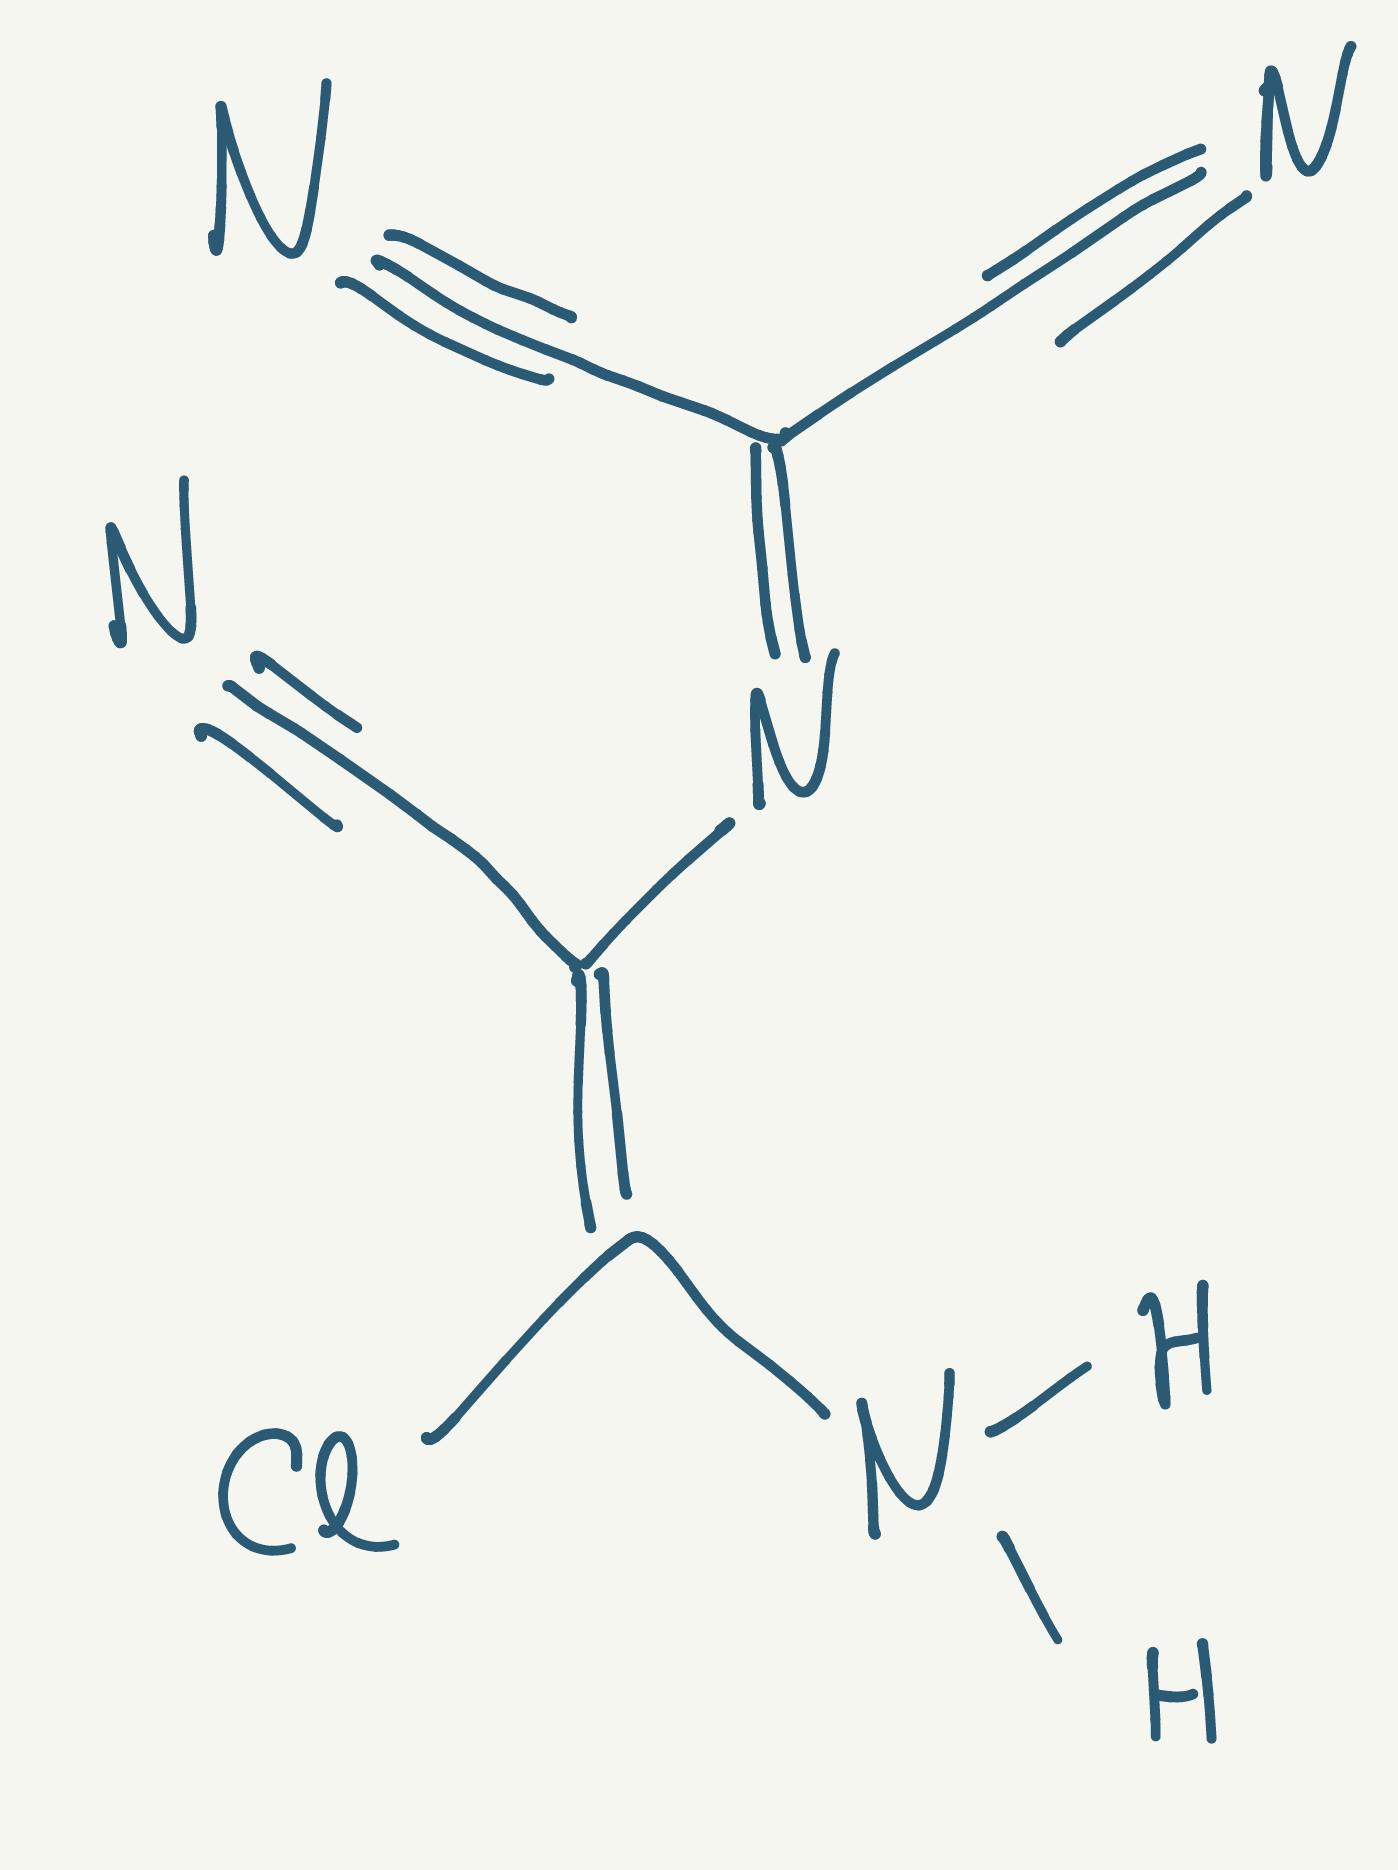
Simplified molecular-input line-entry system (SMILES) notation of the given molecule:
C(#N)C(=N/C(=C(\N)/Cl)/C#N)C#N